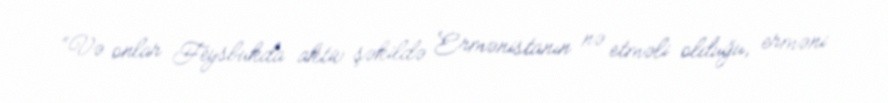
“Və onlar Feysbukda aktiv şəkildə Ermənistanın nə etməli olduğu, erməni